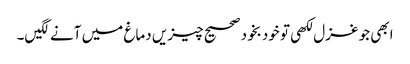
ابھی جو غزل لکھی تو خودبخود صحیح چیزیں دماغ میں آنے لگیں۔